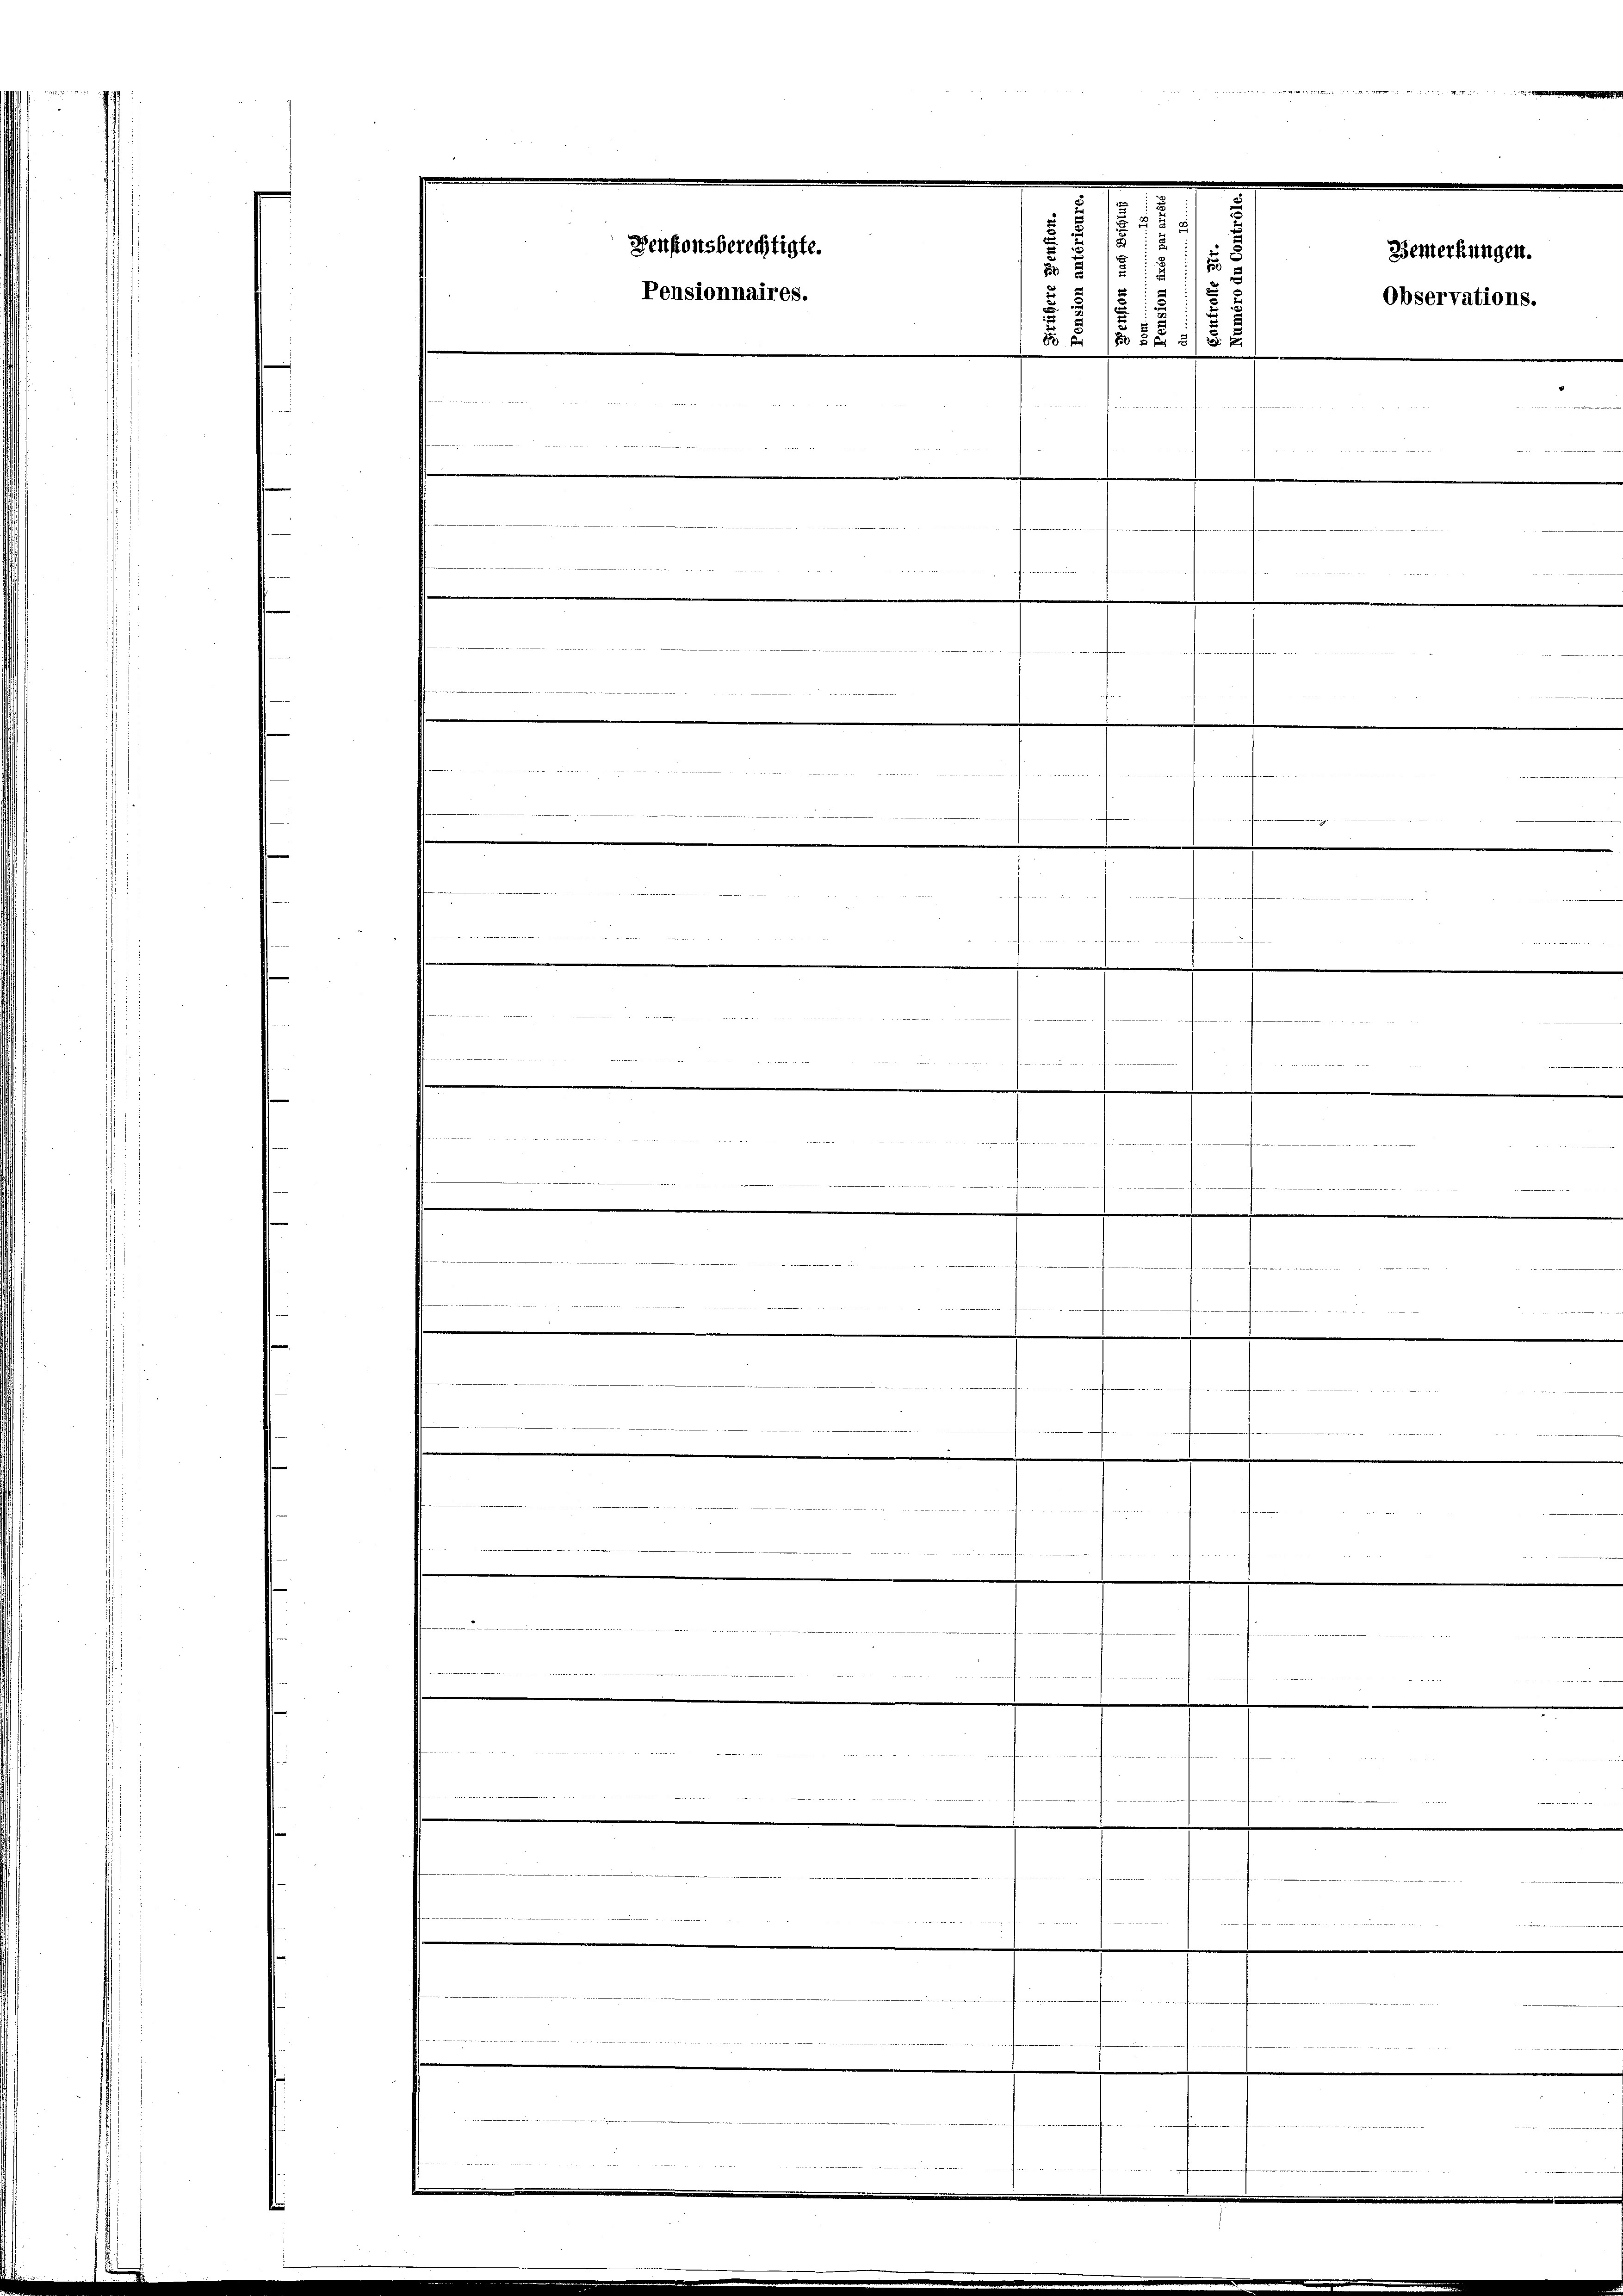
§ 1518

1512
.
5
8 S 805 f 55 x

Pensionsberechtigte.
Pensionnaires.

.

BL I 48
.
e

idee
1
de des de der
e
.

.
.
25
nach

e
d
R

d
d

Bemerkungen.
Observations.